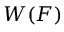
W ( { \boldsymbol { F } } )